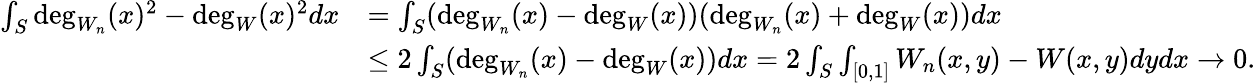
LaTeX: \begin{array}{rl}{\int_{S}\deg_{W_{n}}(x)^{2}-\deg_{W}(x)^{2}dx}&{=\int_{S}(\deg_{W_{n}}(x)-\deg_{W}(x))(\deg_{W_{n}}(x)+\deg_{W}(x))dx}\\ &{\leq 2\int_{S}(\deg_{W_{n}}(x)-\deg_{W}(x))dx=2\int_{S}\int_{[0,1]}W_{n}(x,y)-W(x,y)dydx\to 0.}\end{array}